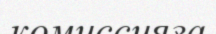
комиссияға